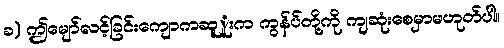
ခ) ဤမျော်လင့်ခြင်းကျောကဆူူးက ကွန်ပ်တို့ကို ကျဆုံးစေမှာမဟုတ်ပါ။